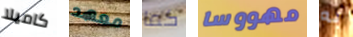
كاميلا معهد كما مهووسا به